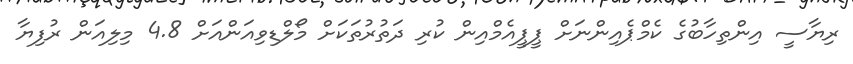
ރިޔާސީ އިންތިހާބުގެ ކެމްޕެއިންނަށް ޕީޕީއެމްއިން ކުރި ދަތުރުތަކަށް މޯލްޑިވިއަންއަށް 4.8 މިލިއަން ރުފިޔާ